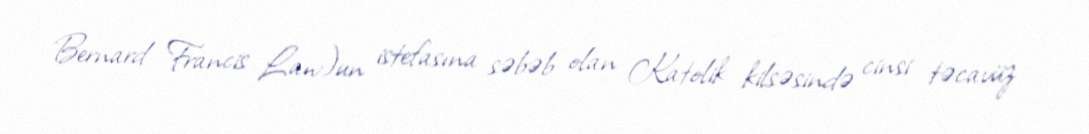
Bernard Francis Law)un istefasına səbəb olan Katolik kilsəsində cinsi təcavüz